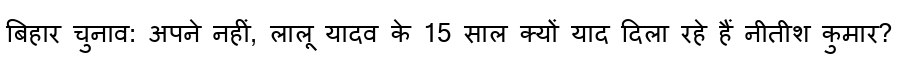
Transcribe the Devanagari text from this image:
बिहार चुनाव: अपने नहीं, लालू यादव के 15 साल क्यों याद दिला रहे हैं नीतीश कुमार?